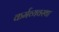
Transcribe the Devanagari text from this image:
कर्मव्यवस्था